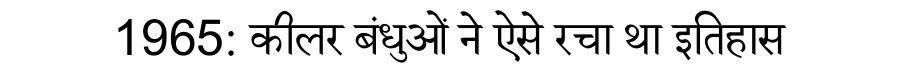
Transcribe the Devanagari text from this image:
1965: कीलर बंधुओं ने ऐसे रचा था इतिहास